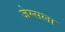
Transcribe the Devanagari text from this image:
जेम्सला